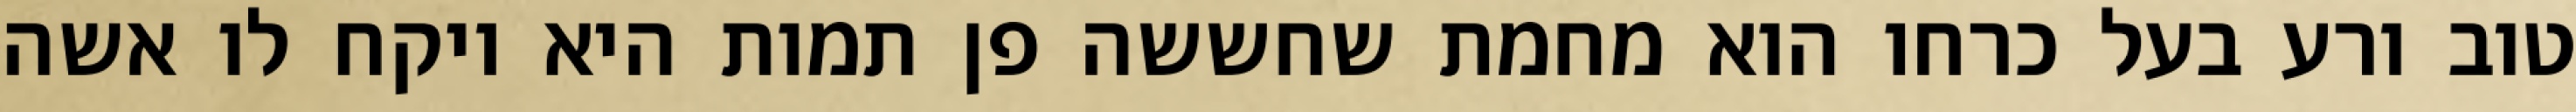
טוב ורע בעל כרחו הוא מחמת שחששה פן תמות היא ויקח לו אשה